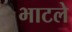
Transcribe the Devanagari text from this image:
भाटले